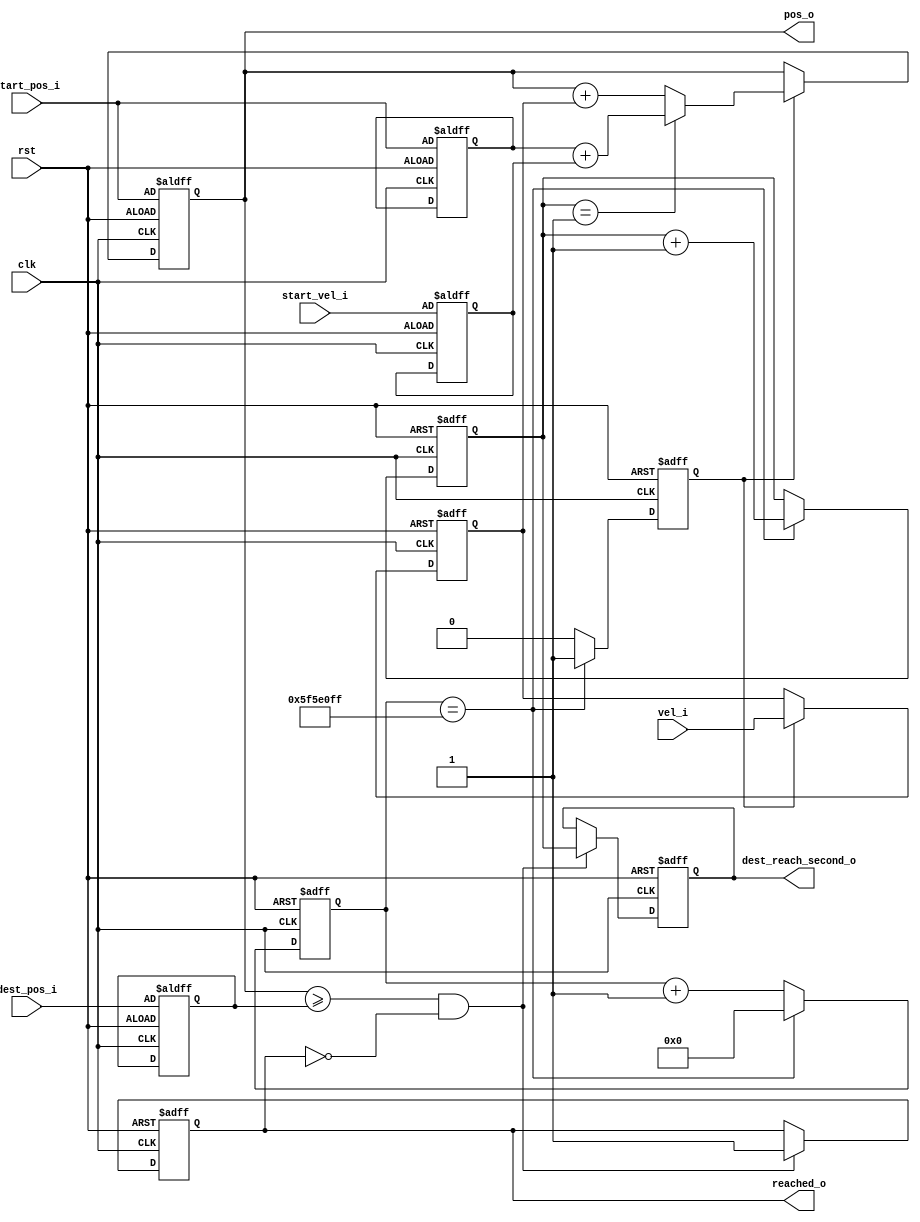
// This program was cloned from: https://github.com/mbaykenar/digital-logic-design
// License: Apache License 2.0

`timescale 1ns / 1ps
//////////////////////////////////////////////////////////////////////////////////
// Company: 
// Engineer: 
// 
// Design Name: 
// Module Name: soru2
// Project Name: 
// Target Devices: 
// Tool Versions: 
// Description: 
// 
// Dependencies: 
// 
// Revision:
// Revision 0.01 - File Created
// Additional Comments:
// 
//////////////////////////////////////////////////////////////////////////////////


module soru2 #(parameter c_clkfreq = 100000000) 
(
input clk, 
input rst, 
input [9:0] start_pos_i,
input [9:0] dest_pos_i, 
input [7:0] start_vel_i, 
input [7:0] vel_i,
output reg reached_o, 
output reg [9:0] pos_o,
output reg [15:0] dest_reach_second_o
);

reg [$clog2(c_clkfreq)-1:0] timer_clk;
reg [15:0] timer_second;
reg timertick;

reg [9:0] start_pos;
reg [9:0] dest_pos;
reg [7:0] start_vel; 
reg [7:0] vel;

always@(posedge clk, posedge rst) begin
    if (rst) begin
        timertick       <= 0;
        timer_second    <= 0;
        timer_clk       <= 0;
    end
    else begin
        if (timer_clk == c_clkfreq-1) begin
            timertick       <= 1'b1;
            timer_clk       <= 0;
            timer_second    <= timer_second + 1;
        end
        else begin
            timertick       <= 1'b0;
            timer_clk       <= timer_clk + 1;
        end
    end
end

always@(posedge clk, posedge rst) begin
    if (rst) begin
        start_pos           <= start_pos_i;
        dest_pos            <= dest_pos_i;
        start_vel           <= start_vel_i;
        reached_o           <= 1'b0;
        pos_o               <= start_pos_i;
        dest_reach_second_o <= 0;
        vel                 <= 0;
    end
    else begin
        if (timertick == 1'b1) begin
            vel <= vel_i;
            if (timer_second == 1) begin
                pos_o   <= start_pos + start_vel;
            end
            else begin
                pos_o   <= pos_o + vel;
            end
        end
        if ((pos_o >= dest_pos) && (reached_o == 1'b0)) begin
            reached_o           <= 1'b1;
            dest_reach_second_o <= timer_second;
        end
    end
end

endmodule